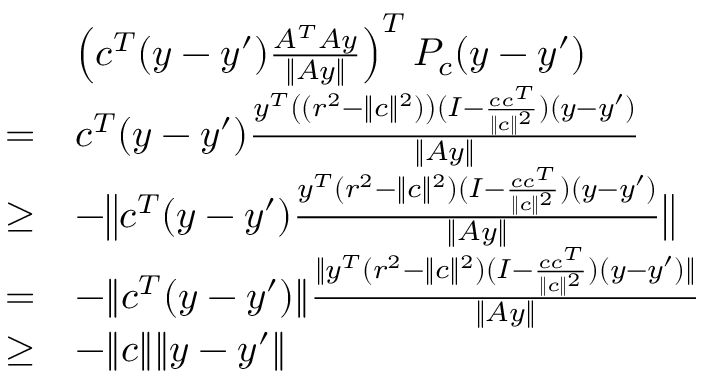
\begin{array} { r l } & { \left( c ^ { T } ( y - y ^ { \prime } ) \frac { A ^ { T } A y } { \| A y \| } \right) ^ { T } P _ { c } ( y - y ^ { \prime } ) } \\ { = } & { c ^ { T } ( y - y ^ { \prime } ) \frac { y ^ { T } \left( ( r ^ { 2 } - \| c \| ^ { 2 } ) \right) ( I - \frac { c c ^ { T } } { \| c \| ^ { 2 } } ) ( y - y ^ { \prime } ) } { \| A y \| } } \\ { \geq } & { - \big \| c ^ { T } ( y - y ^ { \prime } ) \frac { y ^ { T } ( r ^ { 2 } - \| c \| ^ { 2 } ) ( I - \frac { c c ^ { T } } { \| c \| ^ { 2 } } ) ( y - y ^ { \prime } ) } { \| A y \| } \big \| } \\ { = } & { - \| c ^ { T } ( y - y ^ { \prime } ) \| \frac { \| y ^ { T } ( r ^ { 2 } - \| c \| ^ { 2 } ) ( I - \frac { c c ^ { T } } { \| c \| ^ { 2 } } ) ( y - y ^ { \prime } ) \| } { \| A y \| } } \\ { \geq } & { - \| c \| \| y - y ^ { \prime } \| } \end{array}